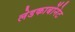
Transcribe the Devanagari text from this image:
लेडकार्बोनेट